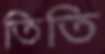
তিতি